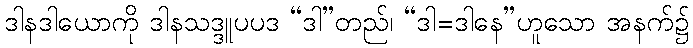
ဒါနဒါယောကို ဒါနသဒ္ဒူပပဒ “ဒါ”တည်၊ “ဒါ=ဒါနေ”ဟူသော အနက်၌